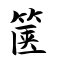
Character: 箧